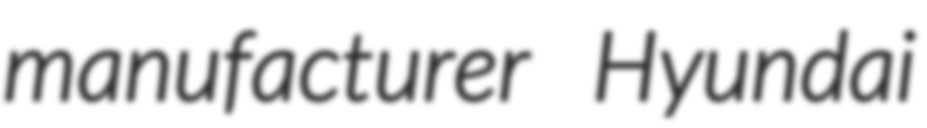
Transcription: manufacturer Hyundai